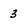
Character: 3